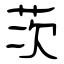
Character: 茨